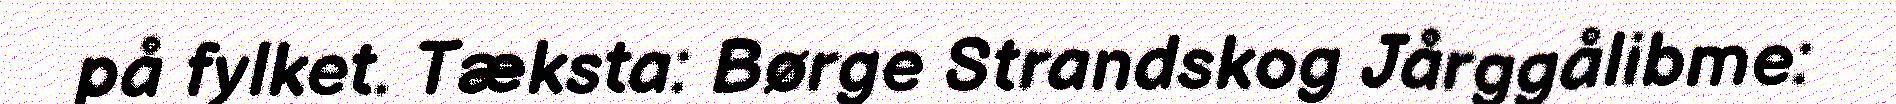
på fylket. Tæksta: Børge Strandskog Jårggålibme: